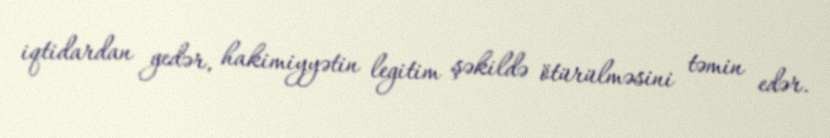
iqtidardan gedər, hakimiyyətin legitim şəkildə ötürülməsini təmin edər.